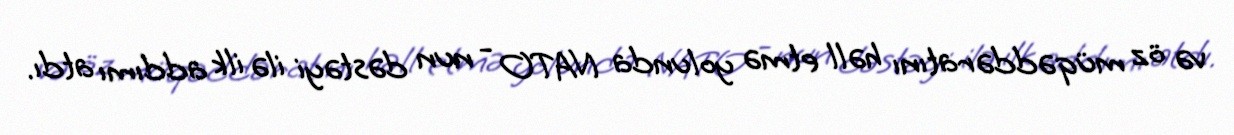
və öz müqəddəratını həll etmə yolunda NATO - nun dəstəyi ilə ilk addımı atdı.